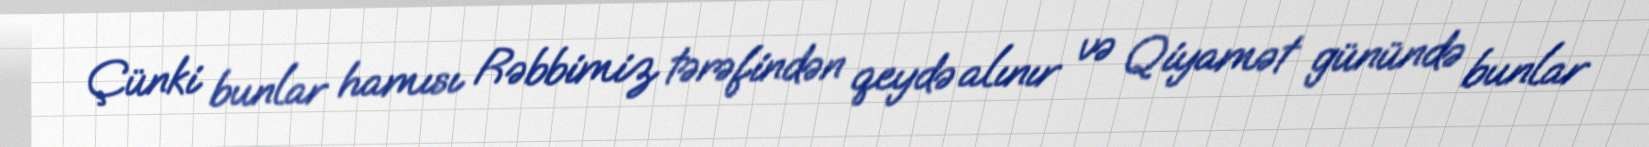
Çünki bunlar hamısı Rəbbimiz tərəfindən qeydə alınır və Qiyamət günündə bunlar